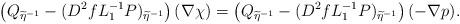
LaTeX: \begin{align*}\left( Q_{\widetilde{\eta}^{-1}} - (D^2 f L_1^{-1} P)_{\widetilde{\eta}^{-1}} \right)(\nabla \chi ) =\left( Q_{\widetilde{\eta}^{-1}} - (D^2f L_1^{-1} P)_{\widetilde{\eta}^{-1}} \right)(-\nabla p ). \end{align*}